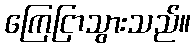
ကြေငြာသွားသည်။